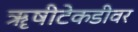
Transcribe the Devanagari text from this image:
ॠषीटेकडीवर